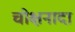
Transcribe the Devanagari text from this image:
चोक्षनादा